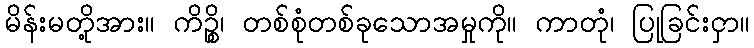
မိန်းမတို့အား။ ကိဉ္စိ၊ တစ်စုံတစ်ခုသောအမှုကို။ ကာတုံ၊ ပြုခြင်းငှာ။